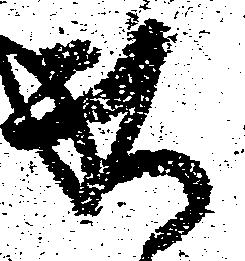
ま